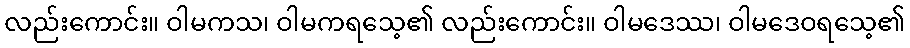
လည်းကောင်း။ ဝါမကသ၊ ဝါမကရသေ့၏ လည်းကောင်း။ ဝါမဒေဿ၊ ဝါမဒေဝရသေ့၏